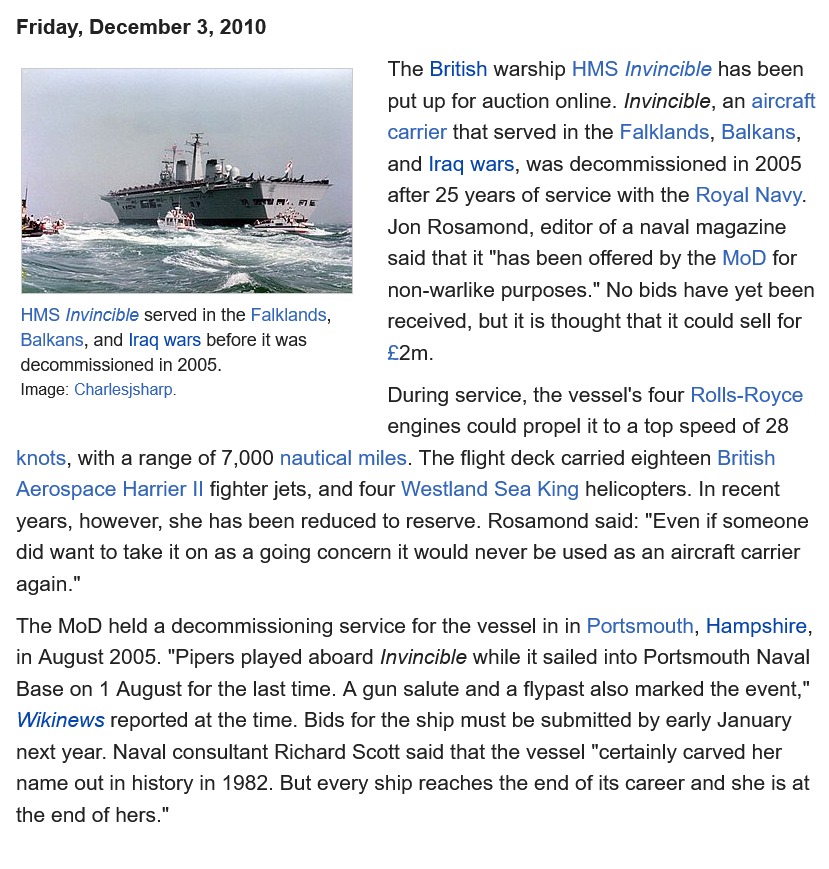
Friday, December 3, 2010
     The British warship HMS Invincible has been
     put up for auction online. Invincible, an aircraft
     carrier that served in the Falklands, Balkans,
     and Iraq wars, was decommissioned in 2005
     after 25 years of service with the Royal Navy.
     Jon Rosamond, editor of a naval magazine
     said that it "has been offered by the MoD for
     non-warlike purposes." No bids have yet been
     received, but it is thought that it could sell for
     £2m.
  knots, with a range of 7,000 nautical miles. The flight deck carried eighteen British
  Aerospace Harrier II fighter jets, and four Westland Sea King helicopters. In recent
  years, however, she has been reduced to reserve. Rosamond said: "Even if someone
  did want to take it on as a going concern it would never be used as an aircraft carrier
  again."
     During service, the vessel's four Rolls-Royce
     engines could propel it to a top speed of 28
  The MoD held a decommissioning service for the vessel in in Portsmouth, Hampshire,
  in August 2005. "Pipers played aboard Invincible while it sailed into Portsmouth Naval
  Base on 1 August for the last time. A gun salute and a flypast also marked the event,"
  Wikinews reported at the time. Bids for the ship must be submitted by early January
  next year. Naval consultant Richard Scott said that the vessel "certainly carved her
  name out in history in 1982. But every ship reaches the end of its career and she is at
  the end of hers."
   HMS Invincible served in the Falklands,
   Balkans, and Iraq wars before it was
  decommissioned in 2005.
   Image: Charlesjsharp.